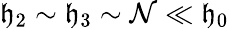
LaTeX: \mathfrak{h}_{2}\sim\mathfrak{h}_{3}\sim\mathcal{{N}}\ll\mathfrak{h}_{0}